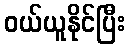
ဝယ်ယူနိုင်ပြီး